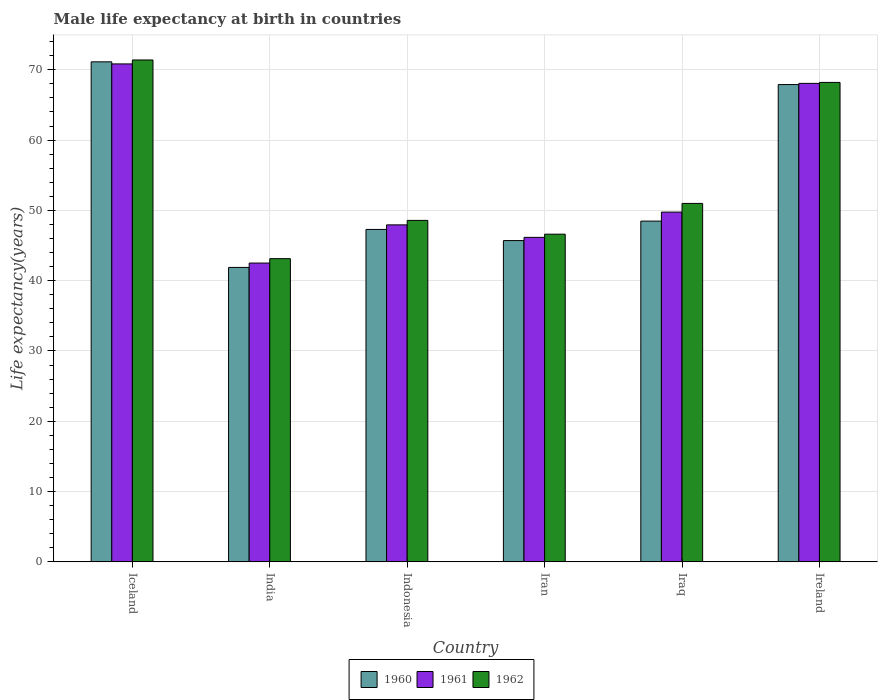
| Country | 1960 | 1961 | 1962 |
 | --- | --- | --- | --- |
 | Iceland | 71.1 | 70.8 | 71.4 |
 | India | 41.9 | 42.5 | 43.1 |
 | Indonesia | 47.3 | 47.9 | 48.6 |
 | Iran | 45.7 | 46.2 | 46.6 |
 | Iraq | 48.5 | 49.8 | 51 |
 | Ireland | 67.9 | 68.1 | 68.2 |